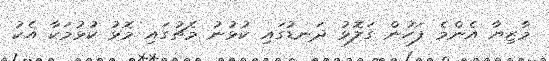
މާޒިޔާ އެންމެ ފަހުން ގަލޮޅު ދަނޑުގައި ކުޅުނު މެޗުގައި މޮޅު ކުޅުމަކާ އެކު